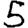
Digit: 5